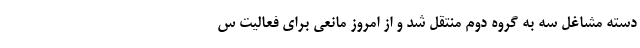
دسته مشاغل سه به گروه دوم منتقل شد و از امروز مانعی برای فعالیت س